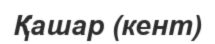
Қашар (кент)